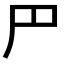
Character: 𠃜